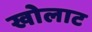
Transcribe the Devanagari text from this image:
खोलाट